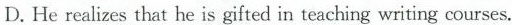
D.He realizes that he is gifted in teaching writing courses.